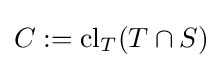
C:=\operatorname {cl} _{T}(T\cap S)